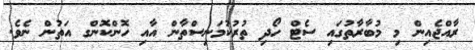
ރާއްޖެއިން މި މުބާރާތުގައި ސެޓް ހޯދި ތުރުކުމަނިސްތާން އާއި ހޮންކޮންގ އަތުން ނެވެ.